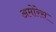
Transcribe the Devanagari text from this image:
अमोरेस